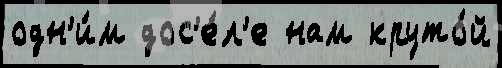
одн'и́м дос'е́л'е нам круто́й